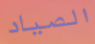
الصياد